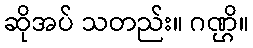
ဆိုအပ် သတည်း။ ဂဏ္ဌိ။